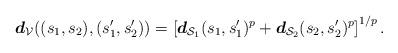
LaTeX: \begin{align*}\boldsymbol{d}_{\mathcal{V}} ((s_1,s_2), (s_1^\prime, s_2^\prime)) = \left[ \boldsymbol{d}_{\mathcal{S}_1} (s_1,s_1^\prime)^p + \boldsymbol{d}_{\mathcal{S}_2} (s_2, s_2^\prime)^p \right]^{1/p}.\end{align*}